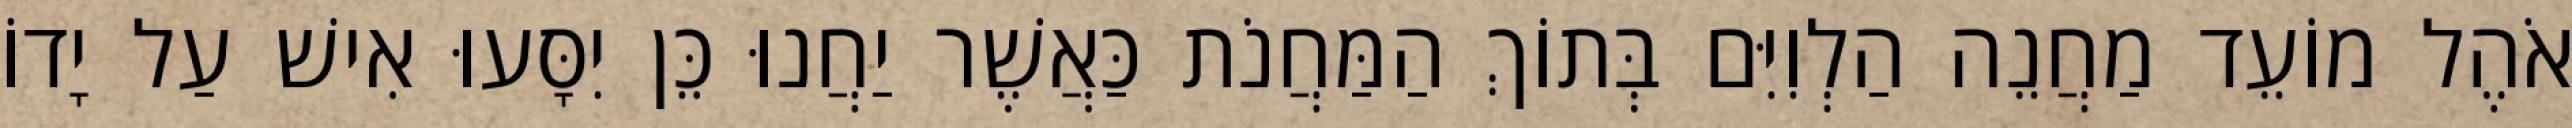
אֹהֶל מוֹעֵד מַחֲנֵה הַלְוִיִּם בְּתוֹךְ הַמַּחֲנֹת כַּאֲשֶׁר יַחֲנוּ כֵּן יִסָּעוּ אִישׁ עַל יָדוֹ